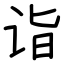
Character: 诣